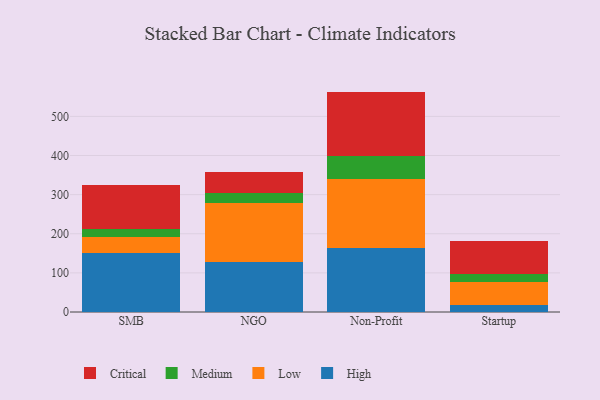
{"axis": {"x": "Segment", "y": "Website Visitors"}, "legend": ["Critical", "High", "Low", "Medium"], "data": [{"x": "SMB", "y": 151.0, "type": "High"}, {"x": "SMB", "y": 41.8, "type": "Low"}, {"x": "SMB", "y": 20.2, "type": "Medium"}, {"x": "SMB", "y": 112.1, "type": "Critical"}, {"x": "NGO", "y": 128.5, "type": "High"}, {"x": "NGO", "y": 151.1, "type": "Low"}, {"x": "NGO", "y": 24.2, "type": "Medium"}, {"x": "NGO", "y": 54.5, "type": "Critical"}, {"x": "Non-Profit", "y": 164.8, "type": "High"}, {"x": "Non-Profit", "y": 174.8, "type": "Low"}, {"x": "Non-Profit", "y": 60.1, "type": "Medium"}, {"x": "Non-Profit", "y": 163.7, "type": "Critical"}, {"x": "Startup", "y": 16.7, "type": "High"}, {"x": "Startup", "y": 59.5, "type": "Low"}, {"x": "Startup", "y": 22.2, "type": "Medium"}, {"x": "Startup", "y": 83.7, "type": "Critical"}]}